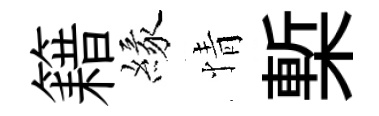
籍緣情槧